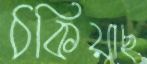
ঠকিয়াছ